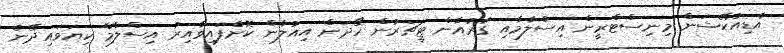
އެޑިއުކޭޝަން މިނިސްޓްރީން އިސްލާމާއި ގުރުއާން ޓީޗަރުން ހޯދަން އިއުލާން ކޮށްފައިވާއިރު އިސްލާމް ކިޔަވައިދޭނެ